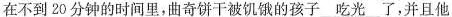
在不到 20分钟的时间里,曲奇饼干被饥饿的孩子\underline{吃光}了,并且他